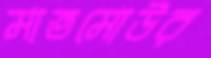
মাতমোউর